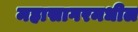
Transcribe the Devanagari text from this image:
महासागरमधील